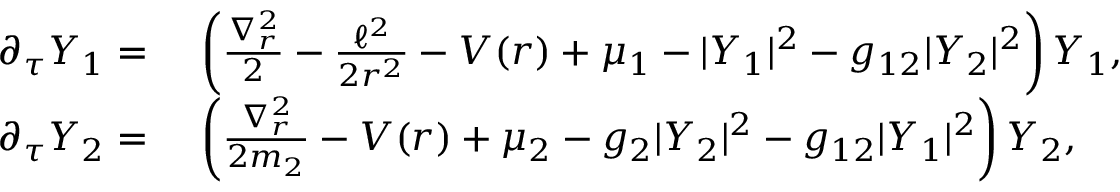
\begin{array} { r l } { \partial _ { \tau } Y _ { 1 } = } & { \ \left( \frac { \nabla _ { r } ^ { 2 } } { 2 } - \frac { \ell ^ { 2 } } { 2 r ^ { 2 } } - V ( r ) + \mu _ { 1 } - | Y _ { 1 } | ^ { 2 } - g _ { 1 2 } | Y _ { 2 } | ^ { 2 } \right) Y _ { 1 } , } \\ { \partial _ { \tau } Y _ { 2 } = } & { \ \left( \frac { \nabla _ { r } ^ { 2 } } { 2 m _ { 2 } } - V ( r ) + \mu _ { 2 } - g _ { 2 } | Y _ { 2 } | ^ { 2 } - g _ { 1 2 } | Y _ { 1 } | ^ { 2 } \right) Y _ { 2 } , } \end{array}